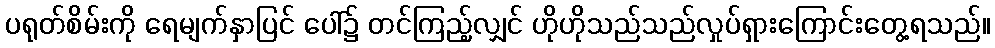
ပရုတ်စိမ်းကို ရေမျက်နှာပြင် ပေါ်၌ တင်ကြည့်လျှင် ဟိုဟိုသည်သည်လှုပ်ရှားကြောင်းတွေ့ရသည်။